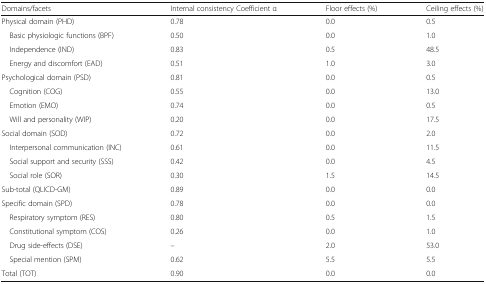
<table><thead><tr><td><b>Domains/facets</b></td><td><b>Internal consistency Coefficient α</b></td><td><b>Floor effects (%)</b></td><td><b>Ceiling effects (%)</b></td></tr></thead><tbody><tr><td>Physical domain (PHD)</td><td>0.78</td><td>0.0</td><td>0.5</td></tr><tr><td> Basic physiologic functions (BPF)</td><td>0.50</td><td>0.0</td><td>1.0</td></tr><tr><td> Independence (IND)</td><td>0.83</td><td>0.5</td><td>48.5</td></tr><tr><td> Energy and discomfort (EAD)</td><td>0.51</td><td>1.0</td><td>3.0</td></tr><tr><td>Psychological domain (PSD)</td><td>0.81</td><td>0.0</td><td>0.5</td></tr><tr><td> Cognition (COG)</td><td>0.55</td><td>0.0</td><td>13.0</td></tr><tr><td> Emotion (EMO)</td><td>0.74</td><td>0.0</td><td>0.5</td></tr><tr><td> Will and personality (WIP)</td><td>0.20</td><td>0.0</td><td>17.5</td></tr><tr><td>Social domain (SOD)</td><td>0.72</td><td>0.0</td><td>2.0</td></tr><tr><td> Interpersonal communication (INC)</td><td>0.61</td><td>0.0</td><td>11.5</td></tr><tr><td> Social support and security (SSS)</td><td>0.42</td><td>0.0</td><td>4.5</td></tr><tr><td> Social role (SOR)</td><td>0.30</td><td>1.5</td><td>14.5</td></tr><tr><td>Sub-total (QLICD-GM)</td><td>0.89</td><td>0.0</td><td>0.0</td></tr><tr><td>Specific domain (SPD)</td><td>0.78</td><td>0.0</td><td>0.0</td></tr><tr><td> Respiratory symptom (RES)</td><td>0.80</td><td>0.5</td><td>1.5</td></tr><tr><td> Constitutional symptom (COS)</td><td>0.26</td><td>0.0</td><td>1.0</td></tr><tr><td> Drug side-effects (DSE)</td><td>–</td><td>2.0</td><td>53.0</td></tr><tr><td> Special mention (SPM)</td><td>0.62</td><td>5.5</td><td>5.5</td></tr><tr><td>Total (TOT)</td><td>0.90</td><td>0.0</td><td>0.0</td></tr></tbody></table>